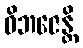
ဝိဘဇေန္တိ